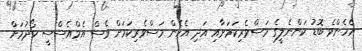
އެހެންވެ ބޮޑު ކަންނެލީގެ މަސްވެރިކަމަށާއި އަދި އެހެން މަސްވެރިކަމަށް ވެސް އެމްއެސްސީ ހޯދުމަށް